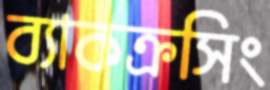
ব্যাকক্রসিং